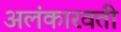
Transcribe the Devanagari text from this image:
अलंकारवती